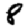
Digit: 8